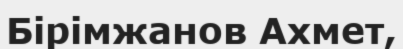
Бірімжанов Ахмет,